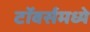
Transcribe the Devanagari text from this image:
टॉवर्समध्ये